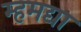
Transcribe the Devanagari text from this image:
म्हमद्या